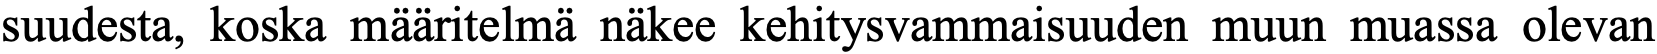
suudesta, koska määritelmä näkee kehitysvammaisuuden muun muassa olevan